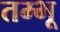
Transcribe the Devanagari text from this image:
तम्भू